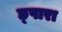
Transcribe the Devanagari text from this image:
छ्पारा